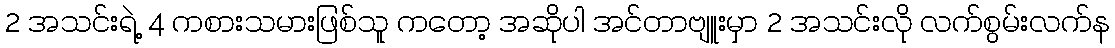
2 အသင်းရဲ့ 4 ကစားသမားဖြစ်သူ ကတော့ အဆိုပါ အင်တာဗျူးမှာ 2 အသင်းလို လက်စွမ်းလက်န